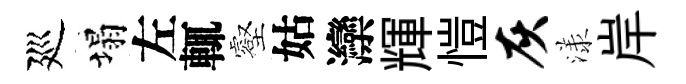
廵塌左輒壑姑灤輝愷灰漾岸